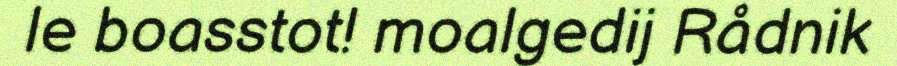
le boasstot! moalgedij Rådnik